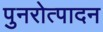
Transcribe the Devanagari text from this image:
पुनरोत्पादन